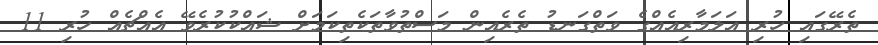
ތެރޭގައި ހުރި އަލަމާރިއެއްގެ ވަތްގަނޑު ތެރެއިން މަސްތުވާތަކެތިކަމަށް ޝައްކުކުރެވޭ އެއްޗެއް ހުރި 11